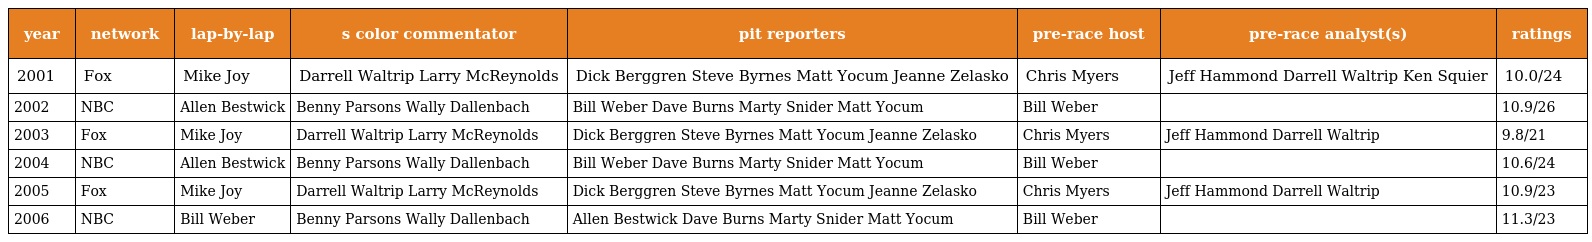
| year | network | lap-by-lap | s color commentator | pit reporters | pre-race host | pre-race analyst(s) | ratings |
 | --- | --- | --- | --- | --- | --- | --- | --- |
 | 2001 | Fox | Mike Joy | Darrell Waltrip Larry McReynolds | Dick Berggren Steve Byrnes Matt Yocum Jeanne Zelasko | Chris Myers | Jeff Hammond Darrell Waltrip Ken Squier | 10.0/24 |
 | 2002 | NBC | Allen Bestwick | Benny Parsons Wally Dallenbach | Bill Weber Dave Burns Marty Snider Matt Yocum | Bill Weber |  | 10.9/26 |
 | 2003 | Fox | Mike Joy | Darrell Waltrip Larry McReynolds | Dick Berggren Steve Byrnes Matt Yocum Jeanne Zelasko | Chris Myers | Jeff Hammond Darrell Waltrip | 9.8/21 |
 | 2004 | NBC | Allen Bestwick | Benny Parsons Wally Dallenbach | Bill Weber Dave Burns Marty Snider Matt Yocum | Bill Weber |  | 10.6/24 |
 | 2005 | Fox | Mike Joy | Darrell Waltrip Larry McReynolds | Dick Berggren Steve Byrnes Matt Yocum Jeanne Zelasko | Chris Myers | Jeff Hammond Darrell Waltrip | 10.9/23 |
 | 2006 | NBC | Bill Weber | Benny Parsons Wally Dallenbach | Allen Bestwick Dave Burns Marty Snider Matt Yocum | Bill Weber |  | 11.3/23 |